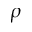
\rho